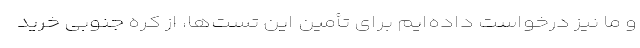
و ما نیز درخواست داده‌ایم برای تأمین این تست‌ها، از کره جنوبی خرید